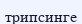
трипсинге